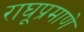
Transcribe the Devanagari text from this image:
राघूप्रमाणे